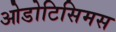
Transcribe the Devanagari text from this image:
ओडोटिसिमस